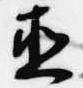
直